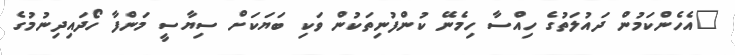
"އެހެންކަމުން ދައުލަތުގެ ހިއްސާ ހިމެނޭ ކުންފުނިތަކުން ވަކި ބަޔަކަށް ސިޔާސީ މަންފާ ހޯދައިދިނުމުގެ